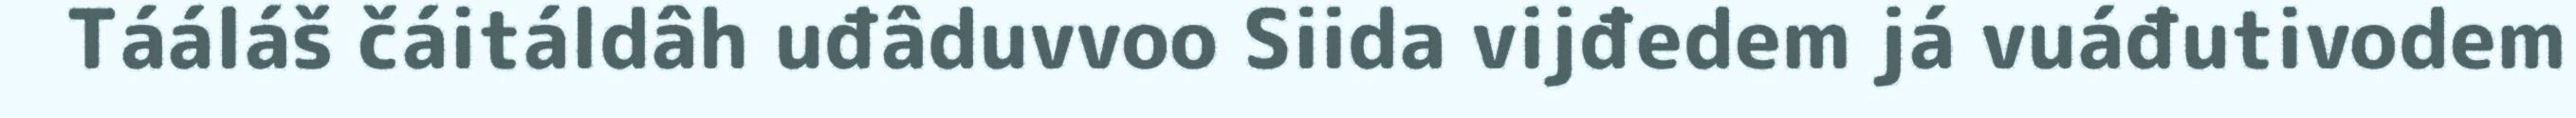
Tááláš čáitáldâh uđâduvvoo Siida vijđedem já vuáđutivodem